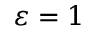
\varepsilon = 1